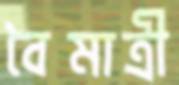
বৈমাত্রী